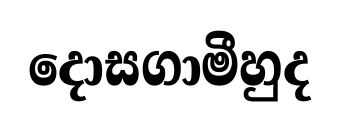
දොසගාමීහුද